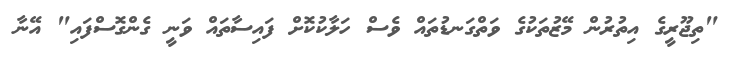
"ތިޖޫރީގެ އިތުރުން މޭޒުތަކުގެ ވަތްގަނޑުތައް ވެސް ހަލާކުކޮށް ފައިސާތައް ވަނީ ގެންގޮސްފައި" އޭނާ